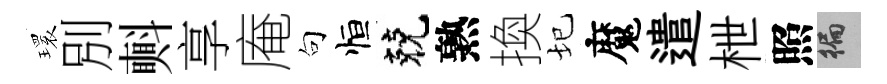
𤨔別㪺享庵句恒兢熟換圮魔遣枻照徧